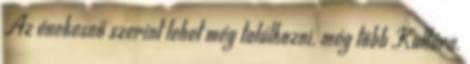
Az énekesnő szerint lehet még találkozni. még több Kultúra.